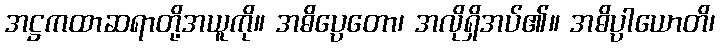
အဋ္ဌကထာဆရာတို့အယူကို။ အဓိပ္ပေတော၊ အလိုရှိအပ်၏။ အဓိပ္ပါယောတိ၊